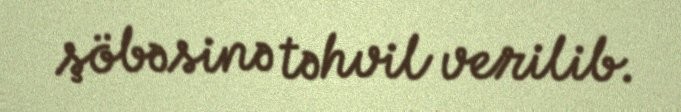
şöbəsinə təhvil verilib.